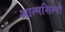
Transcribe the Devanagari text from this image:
आत्‍मशिल्‍पी